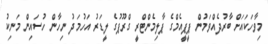
މިވާހަކައަށް ބާރުދެއްވަމުން ޕީޕީއެމްގެ ޕާލިމެންޓްރީ ގްރޫޕުގެ ލީޑަރު އަހުމަދު ނިހާން ހުސައިން މަނިކު